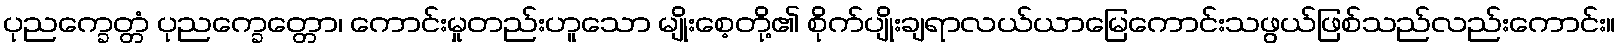
ပုညက္ခေတ္တံ ပုညက္ခေတ္တော၊ ကောင်းမှုတည်းဟူသော မျိုးစေ့တို့၏ စိုက်ပျိုးချရာလယ်ယာမြေကောင်းသဖွယ်ဖြစ်သည်လည်းကောင်း။